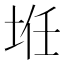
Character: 𱖤